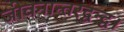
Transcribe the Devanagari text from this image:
जीवनान्तरद्वन्द्व।